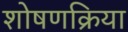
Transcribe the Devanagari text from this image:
शोषणक्रिया